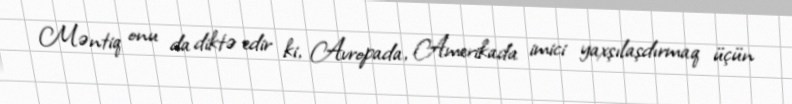
Məntiq onu da diktə edir ki, Avropada, Amerikada imici yaxşılaşdırmaq üçün